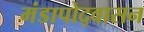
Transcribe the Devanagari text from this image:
मंडापोद्‌वासन